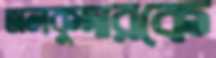
তালকুদারকে